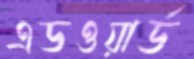
এডওয়ার্ড